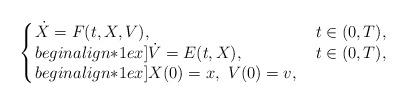
LaTeX: \begin{align*}\left\{\!\!\begin{array}{ll}\dot X=F(t,X,V),&\ t\in(0,T),\\begin{align*}1ex]\dot V = E(t,X),&\ t\in(0,T),\\begin{align*}1ex]X(0)=x,\ V(0)=v,\end{array}\right.\end{align*}